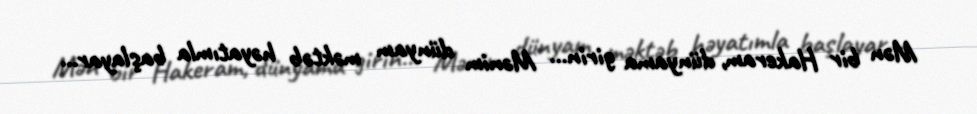
Mən bir Hakeram, dünyama girin... Mənim dünyam məktəb həyatımla başlayar...